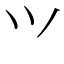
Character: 𭕄